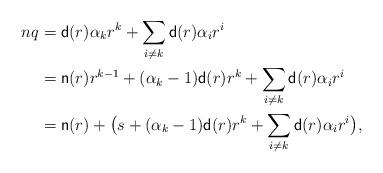
LaTeX: \begin{align*}n q &= \mathsf{d}(r) \alpha_k r^k + \sum_{i \neq k} \mathsf{d}(r) \alpha_i r^i \\ &= \mathsf{n}(r) r^{k-1} + (\alpha_k - 1) \mathsf{d}(r) r^k + \sum_{i \neq k} \mathsf{d}(r) \alpha_i r^i \\ &= \mathsf{n}(r) + \big( s + (\alpha_k - 1) \mathsf{d}(r) r^k + \sum_{i \neq k} \mathsf{d}(r) \alpha_i r^i \big),\end{align*}